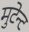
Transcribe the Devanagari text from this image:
मुटेन्ट